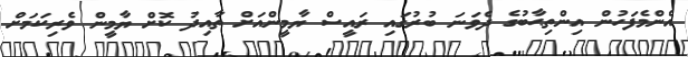
އެންމެފަހުން އިންތިޙާބުގެ ދެވަނަ ބުރުގައި ރައީސް ޔާމީންއަށް ތާއިދު ކޮށް ޔާމީން ވެރިކަމަށް